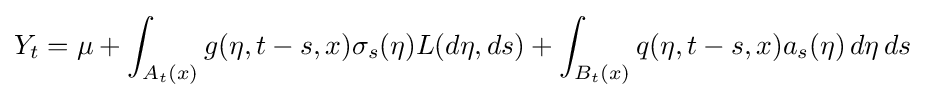
Y_{t}=\mu +\int _{A_{t}(x)}g(\eta ,t-s,x)\sigma _{s}(\eta )L(d\eta ,ds)+\int _{B_{t}(x)}q(\eta ,t-s,x)a_{s}(\eta )\,d\eta \,ds